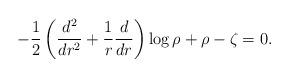
LaTeX: \begin{align*}-\frac12 \left( \frac{d^2}{dr^2}+\frac1r\frac d{dr} \right) \log\rho + \rho-\zeta =0.\end{align*}